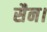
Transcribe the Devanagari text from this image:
सैन।